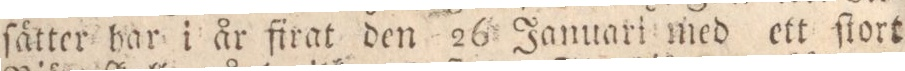
ſätter har i år firat den 26 Januari med ett ſtort